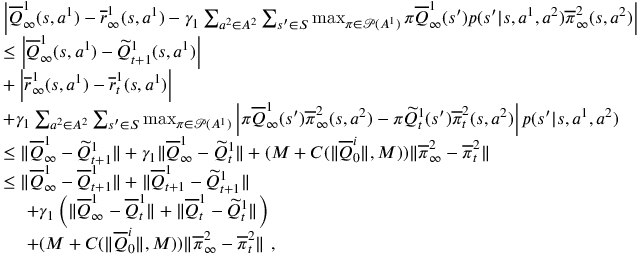
\begin{array} { r l } & { \left| \overline { { Q } } _ { \infty } ^ { 1 } ( s , a ^ { 1 } ) - \overline { { r } } _ { \infty } ^ { 1 } ( s , a ^ { 1 } ) - \gamma _ { 1 } \sum _ { a ^ { 2 } \in A ^ { 2 } } \sum _ { s ^ { \prime } \in S } \operatorname* { m a x } _ { \pi \in \mathcal P ( A ^ { 1 } ) } \pi \overline { { Q } } _ { \infty } ^ { 1 } ( s ^ { \prime } ) p ( s ^ { \prime } | s , a ^ { 1 } , a ^ { 2 } ) \overline { { \pi } } _ { \infty } ^ { 2 } ( s , a ^ { 2 } ) \right| } \\ & { \leq \left| \overline { { Q } } _ { \infty } ^ { 1 } ( s , a ^ { 1 } ) - \widetilde { Q } _ { t + 1 } ^ { 1 } ( s , a ^ { 1 } ) \right| } \\ & { + \left| \overline { { r } } _ { \infty } ^ { 1 } ( s , a ^ { 1 } ) - \overline { { r } } _ { t } ^ { 1 } ( s , a ^ { 1 } ) \right| } \\ & { + \gamma _ { 1 } \sum _ { a ^ { 2 } \in A ^ { 2 } } \sum _ { s ^ { \prime } \in S } \operatorname* { m a x } _ { \pi \in \mathcal P ( A ^ { 1 } ) } \left| \pi \overline { { Q } } _ { \infty } ^ { 1 } ( s ^ { \prime } ) \overline { { \pi } } _ { \infty } ^ { 2 } ( s , a ^ { 2 } ) - \pi \widetilde { Q } _ { t } ^ { 1 } ( s ^ { \prime } ) \overline { { \pi } } _ { t } ^ { 2 } ( s , a ^ { 2 } ) \right| p ( s ^ { \prime } | s , a ^ { 1 } , a ^ { 2 } ) } \\ & { \leq \| \overline { { Q } } _ { \infty } ^ { 1 } - \widetilde { Q } _ { t + 1 } ^ { 1 } \| + \gamma _ { 1 } \| \overline { { Q } } _ { \infty } ^ { 1 } - \widetilde { Q } _ { t } ^ { 1 } \| + ( M + C ( \| \overline { { Q } } _ { 0 } ^ { i } \| , M ) ) \| \overline { { \pi } } _ { \infty } ^ { 2 } - \overline { { \pi } } _ { t } ^ { 2 } \| } \\ & { \leq \| \overline { { Q } } _ { \infty } ^ { 1 } - \overline { { Q } } _ { t + 1 } ^ { 1 } \| + \| \overline { { Q } } _ { t + 1 } ^ { 1 } - \widetilde { Q } _ { t + 1 } ^ { 1 } \| } \\ & { ~ ~ ~ ~ + \gamma _ { 1 } \left( \| \overline { { Q } } _ { \infty } ^ { 1 } - \overline { { Q } } _ { t } ^ { 1 } \| + \| \overline { { Q } } _ { t } ^ { 1 } - \widetilde { Q } _ { t } ^ { 1 } \| \right) } \\ & { ~ ~ ~ ~ + ( M + C ( \| \overline { { Q } } _ { 0 } ^ { i } \| , M ) ) \| \overline { { \pi } } _ { \infty } ^ { 2 } - \overline { { \pi } } _ { t } ^ { 2 } \| \ , } \end{array}